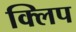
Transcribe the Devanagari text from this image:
क्‍िलप